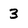
Character: 3